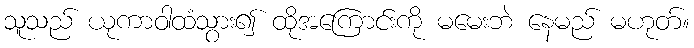
သူသည် ယုကာဝါထံသွား၍ ထိုအကြောင်းကို မမေးဘဲ နေမည် မဟုတ်။